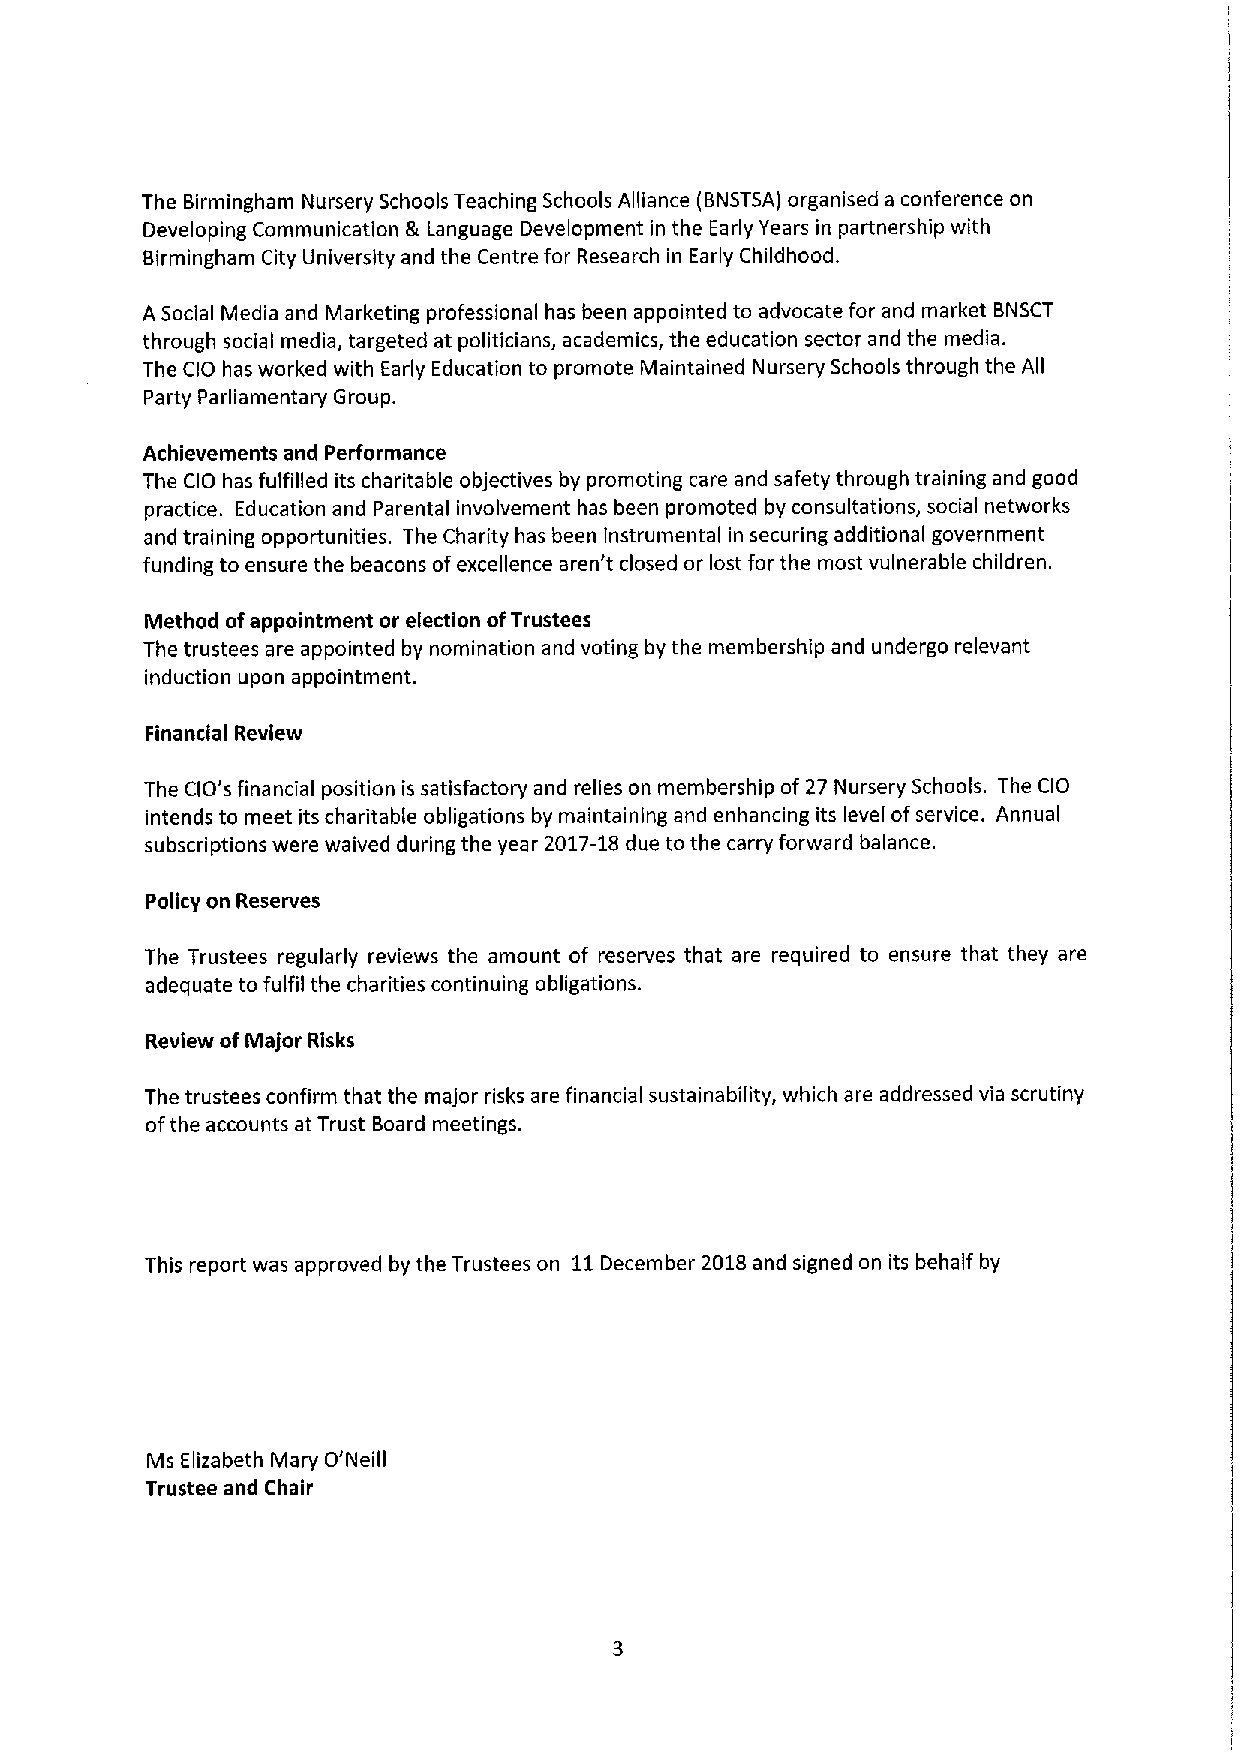
The Birmingham Nursery Schools Teaching Schools Alliance (BNSTSA) organised a conference on
 Developing Communication & Language Development in the Early Years in partnership with
 Birmingham City University and the Centre for Research in Early Childhood.
 A Social Media and Marketing professional has been appointed to advocate for and market BNSCT
 through social media, targeted at politicians, academics, the education sector and the media.
 The CIO has worked with Early Education to promote Maintained Nursery Schools through the All
 Party Parliamentary Group.
 Achievements and Performance
 The CIO has fulfilled its charitable objectives by promoting care and safety through training and good
 practice. Education and Parental involvement has been promoted by consultations, social networks
 and training opportunities. The Charity has been instrumental in securing additional government
 funding to ensure the beacons ofexcellence aren't closed or lost for the most vulnerable children.
 Method ofappointment or election ofTrustees
 The trustees are appointed by nomination and voting by the membership and undergo relevant
 induction upon appointment.
 Financial Review
 The CIO's financial position is satisfactory and relies on membership of 27 Nursery Schools. The CIO
 intends to meet its charitable obligations by maintaining and enhancing its level ofservice. Annual
 subscriptions were waived during the year 2017-18due to the carry forward balance.
 Policy on Reserves
 The Trustees regularly reviews the amount of reserves that are required to ensure that they are
 adequate to fulfil the charities continuing obligations.
 Review ofMajor Risks
 The trustees confirm that the major risks are financial sustainability, which are addressed via scrutiny
 ofthe accounts at Trust Board meetings.
 This report was approved by the Trustees on 11December 2018and signed on its behalf by
 Ms Elizabeth Mary O'Neill
 Trustee and Chair